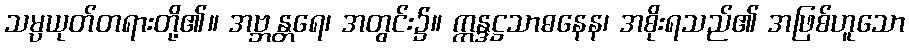
သမ္ပယုတ်တရားတို့၏။ အဗ္ဘန္တရေ၊ အတွင်း၌။ ဣန္ဒဋ္ဌသာဓနေန၊ အစိုးရသည်၏ အဖြစ်ဟူသော